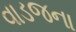
વાડજના